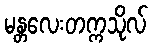
မန္တလေးတက္ကသိုလ်